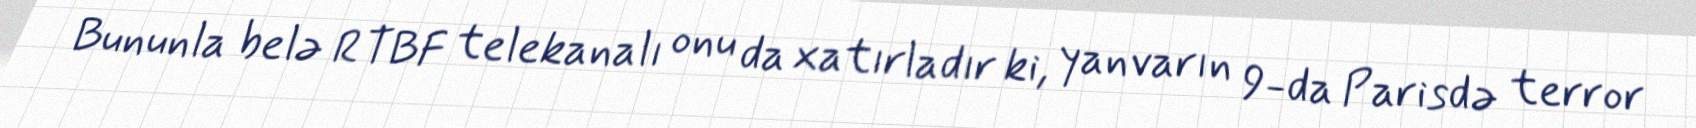
Bununla belə RTBF telekanalı onu da xatırladır ki, yanvarın 9-da Parisdə terror